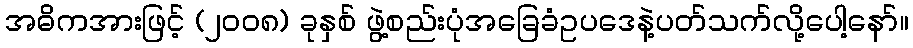
အဓိကအားဖြင့် (၂၀၀၈) ခုနှစ် ဖွဲ့စည်းပုံအခြေခံဥပဒေနဲ့ပတ်သက်လို့ပေါ့နော်။